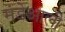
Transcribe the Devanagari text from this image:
मंडेआली